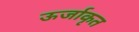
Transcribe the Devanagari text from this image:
ऊर्जाकृत